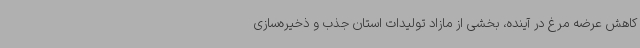
کاهش عرضه مرغ در آینده، بخشی از مازاد تولیدات استان جذب و ذخیره‌سازی